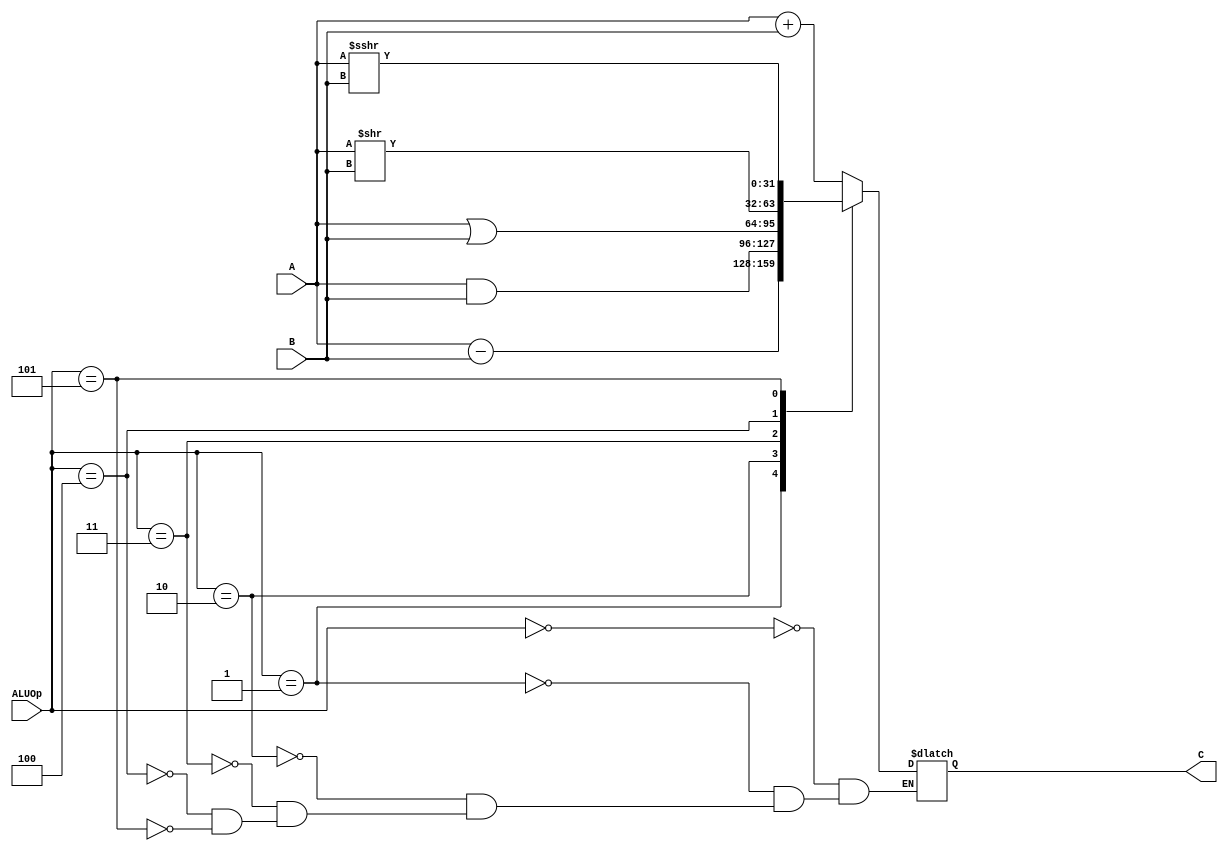
`timescale 1ns / 1ps
//////////////////////////////////////////////////////////////////////////////////
// Company: 
// Engineer: 
// 
// Design Name: 
// Module Name:    alu 
// Project Name: 
// Target Devices: 
// Tool versions: 
// Description: 
//
// Dependencies: 
//
// Revision: 
// Revision 0.01 - File Created
// Additional Comments: 
//
//////////////////////////////////////////////////////////////////////////////////
module alu(
    input [31:0] A,
    input [31:0] B,
    input [2:0] ALUOp,
    output reg [31:0] C
    );
	 
	 always @(*) begin
		case(ALUOp)
			3'b000: C <= A + B;
			3'b001: C <= A - B;
			3'b010: C <= A & B;
			3'b011: C <= A | B;
			3'b100: C <= A >> B;
			3'b101: C <= $signed(A) >>> B;
		endcase
	end
endmodule